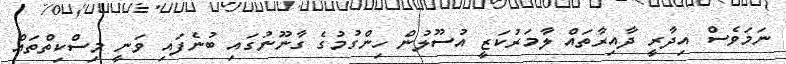
ނަމަވެސް އިދާރީ ދާއިރާތައް ލާމަރުކަޒީ އުސޫލުން ހިންގުމުގެ ގާނޫނުގައި ބުނެފައި ވަނީ މިސްކިތްތައް